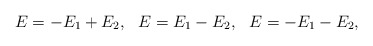
\begin{align*}\begin{array}{lll}E=-E_1+E_2, & E=E_1-E_2, & E=-E_1-E_2 ,\end{array}\end{align*}